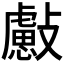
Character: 𣀞